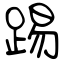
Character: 踢